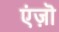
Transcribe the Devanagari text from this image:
एंज़ॊ